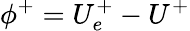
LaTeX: \phi^{+}=U_{e}^{+}-U^{+}